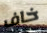
خاف